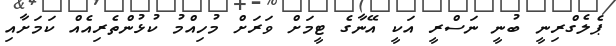
ޕެލެގްރިނީ ބުނީ ނަސްރީ އަކީ އޭނާގެ ޓީމަށް ވަރަށް މުހިއްމު ކުޅުންތެރިއެއް ކަމަށާއި